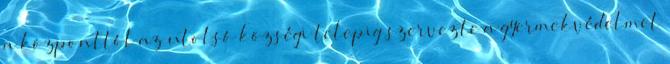
a központtól az utolsó községi telepig szervezte a gyermekvédelmet